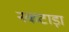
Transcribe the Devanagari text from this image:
नकटाड़ा